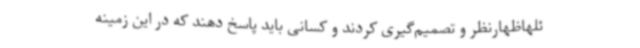
ئلهاظهارنظر و تصمیم‌گیری کردند و کسانی باید پاسخ دهند که در این زمینه